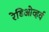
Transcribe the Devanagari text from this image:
रेडिओव्हर्व